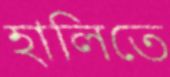
হালিতে